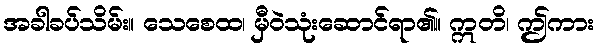
အခါခပ်သိမ်း။ သေစေထ၊ မှီဝဲသုံးဆောင်ရာ၏။ ဣတိ၊ ဤကား